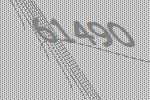
61490